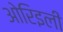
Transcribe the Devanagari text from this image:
ओरिइली